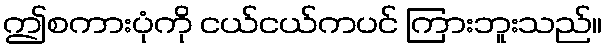
ဤစကားပုံကို ငယ်ငယ်ကပင် ကြားဘူးသည်။